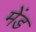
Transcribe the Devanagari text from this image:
मेंड